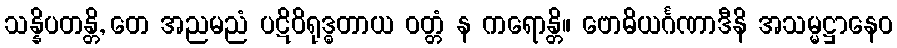
သန္နိပတန္တိ, တေ အညမညံ ပဋိဝိရုဒ္ဓတာယ ဝတ္တံ န ကရောန္တိ။ ဗောဓိယင်္ဂဏာဒီနိ အသမ္မဋ္ဌာနေဝ